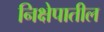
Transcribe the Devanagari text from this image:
निक्षेपातील